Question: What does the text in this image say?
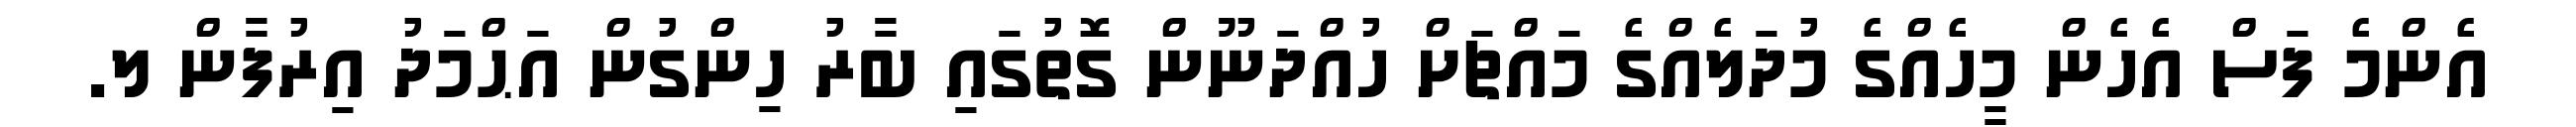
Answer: އެންމެ ފަސް އެހެން މީހެއްގެ މުދަލެއްގެ މައްޗަށް ހުއްދަނޫން ގޮތުގައި ބާރު ހިންގުން އަޙްމަދު އިރުފާން ލ.